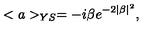
< a > _ { Y S } = - i \beta e ^ { - 2 \mid \beta \mid ^ { 2 } } ,